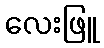
လေးဖြူ